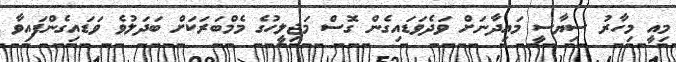
މިއީ މިހާރު ސިޔާސީ މައިދާނަށް ވަދެވަޑައިގެން ގޮސް މަޖިލީހުގެ މެމްބަރަކަށް ބަދަލުވެ ވަޑައިގެންފައިވާ